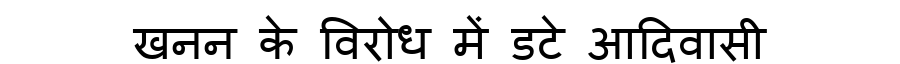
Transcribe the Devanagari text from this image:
खनन के विरोध में डटे आदिवासी